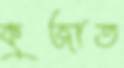
কুজাত